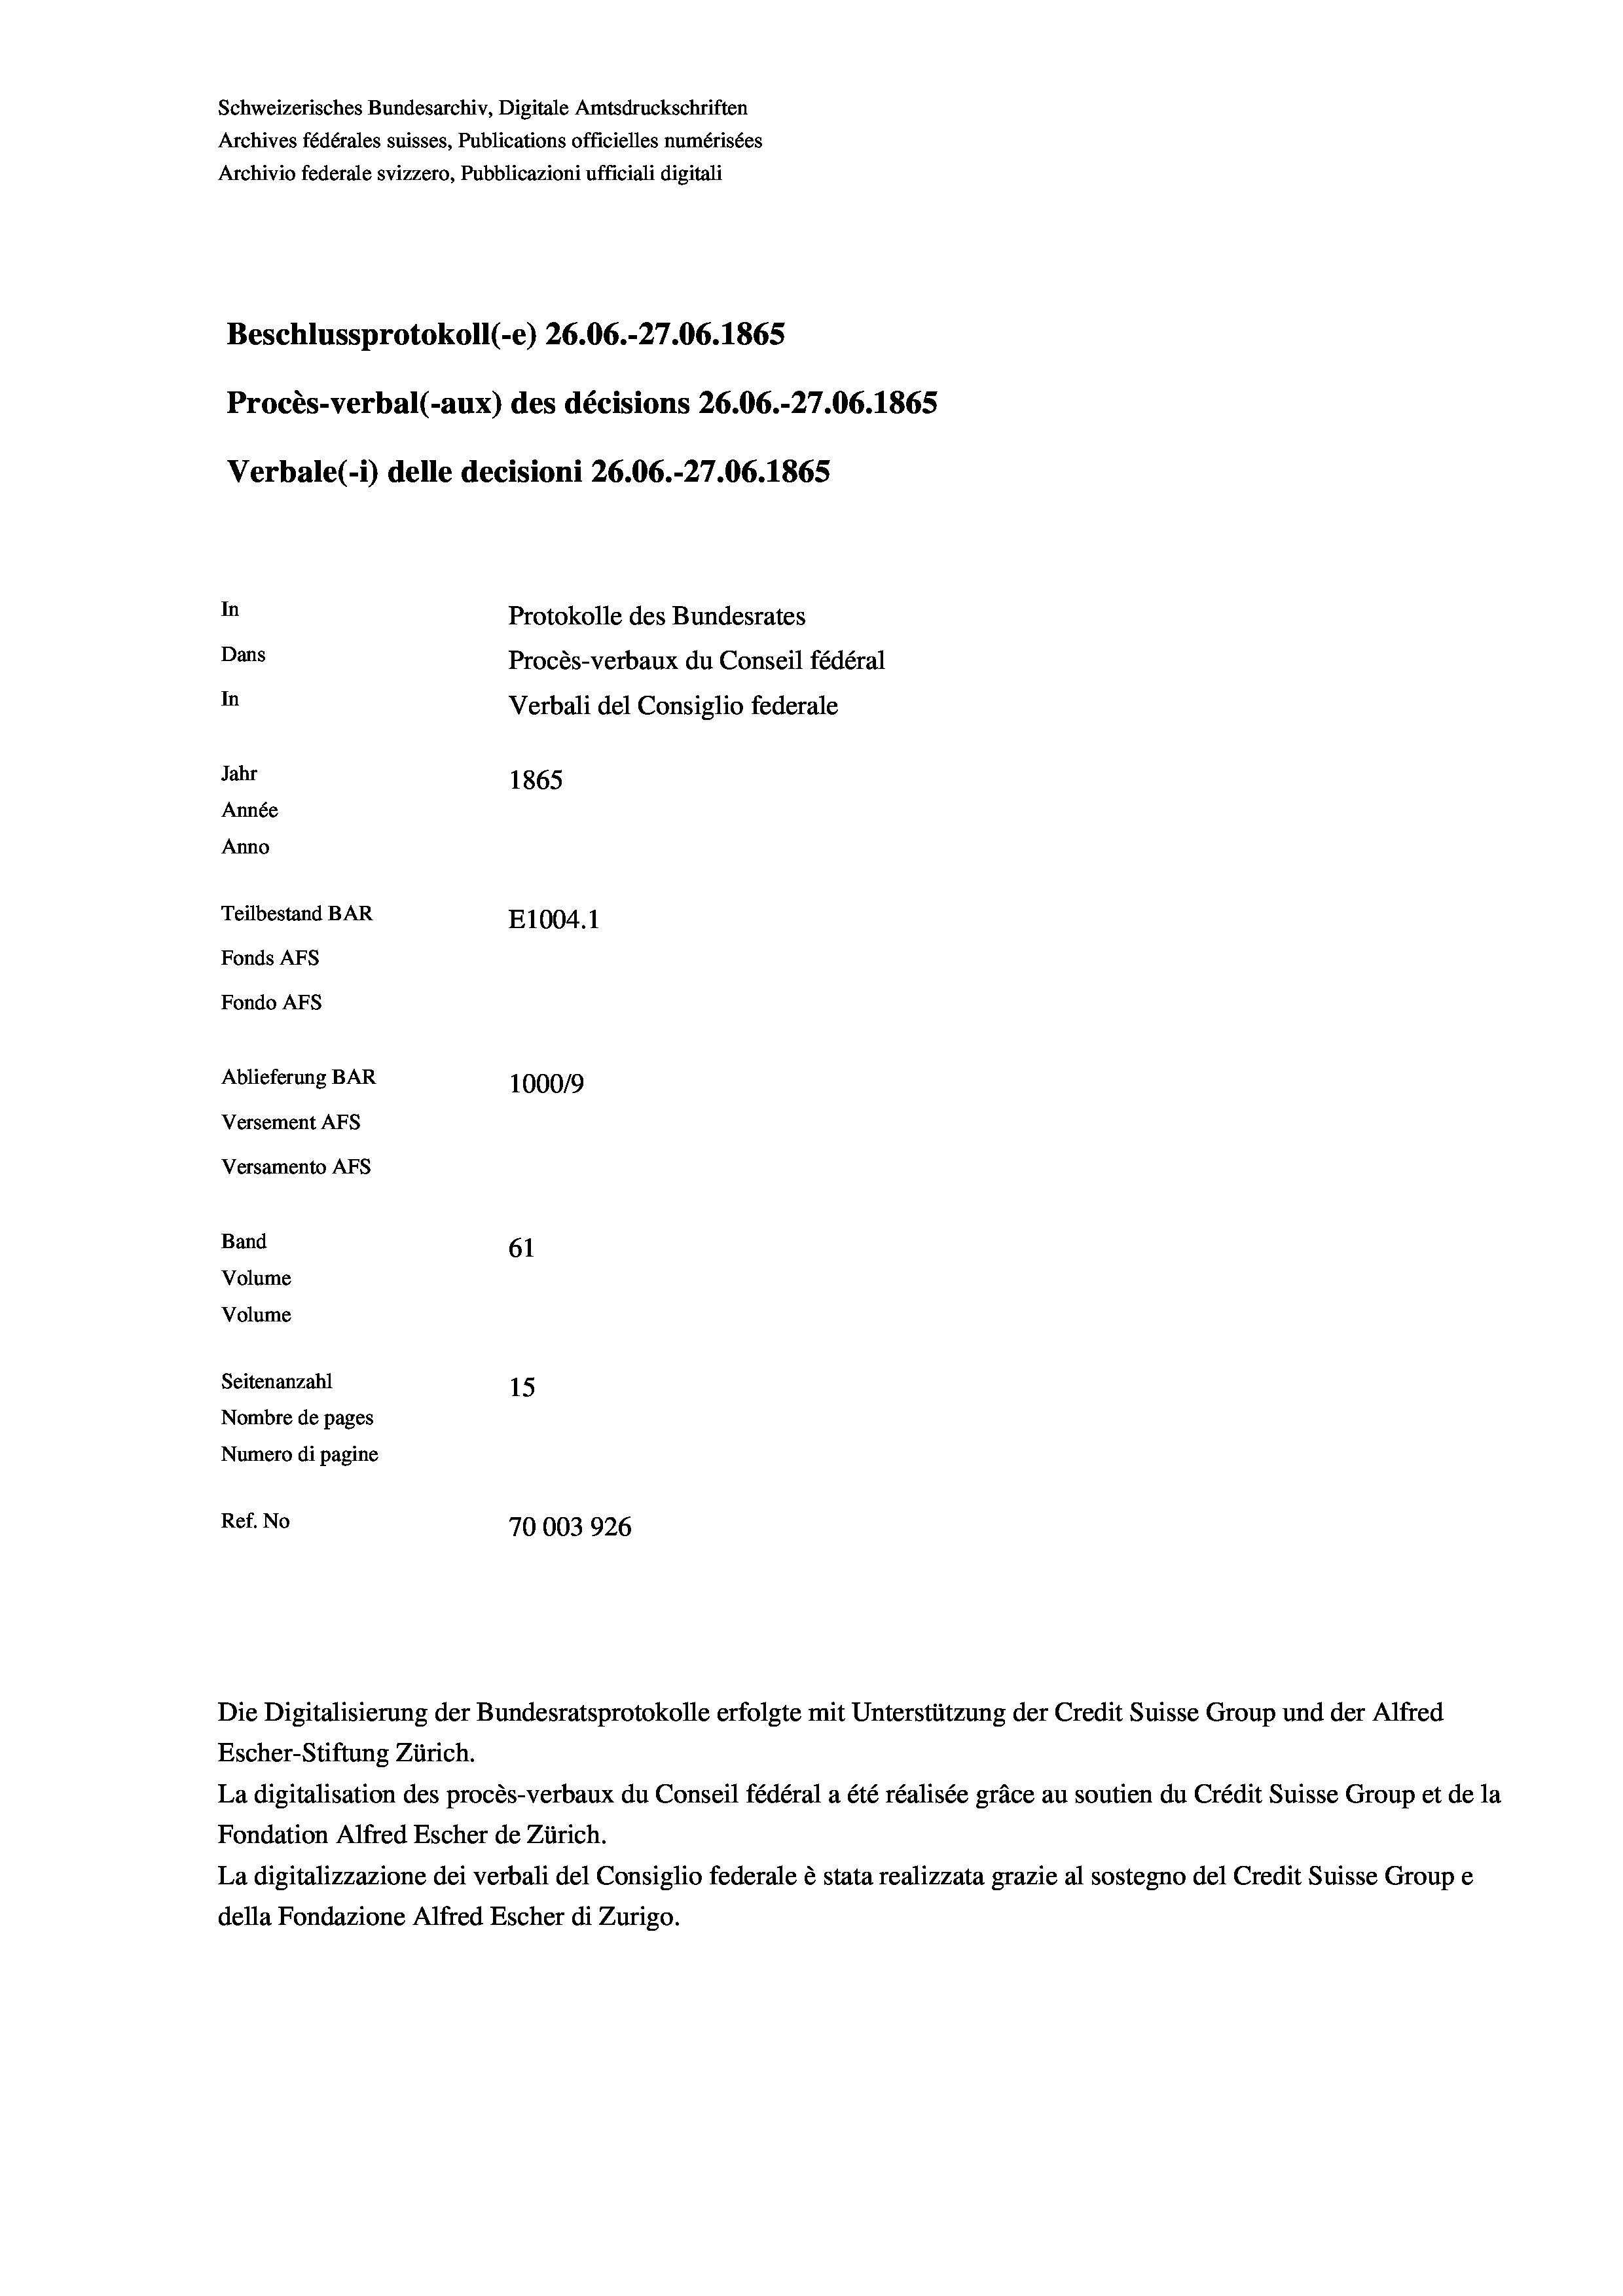
Archivio federale svizzero, Pubblicazioni ufficiali digitali

Beschlussprotokoll (-e) 26.06.-27.06. 1865
Protokolle des Bundesrates
Dans
Procès-verbaux du Conseil fédéral
In
Verbali del Consiglio federale
Jahr
1865
Année
Anno
Teilbestand BAR
E1004. 1
Fonds AFs
Fondo Afs

Schweizerisches Bundesarchiv, Digitale Amtsdruckschriften
Archives fédérales suisses, Publications officielles numérisées

In

Ablieferung BAR
Versement Ans
Versamento Afs
Band
61
Volume
Volume
Seitenanzahl

Verbale (i) delle decisioni 26.06.-27.06. 1865

Procès-verbal (-aux) des décisions 26.06.-27.06. 1865

10009
15
Nombre de pages
Numero di pagine
Ref. No
70003926

Escher-Stiftung Zürich.
La digitalisation des procès-verbaux du Conseil fédéral a été réalisée gräce au soutien du Crédit Suisse Group et de la
Fondation Alfred Escher de Zürich.
La digitalizzazione dei verbali del Consiglio federale è stata realizzata grazie al sostegno del Credit Suisse Groupe
della Fondazione Alfred Escher di Zurigo.

Die Digitalisierung der Bundesratsprotokolle erfolgte mit Unterstützung der Credit Suisse Group und der Alfred